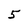
Character: 5